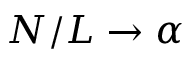
N / L \to \alpha